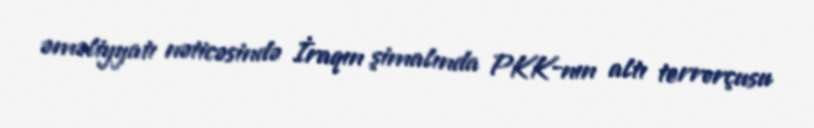
əməliyyatı nəticəsində İraqın şimalında PKK-nın altı terrorçusu